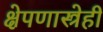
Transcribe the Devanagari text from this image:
क्षेपणास्त्रेही